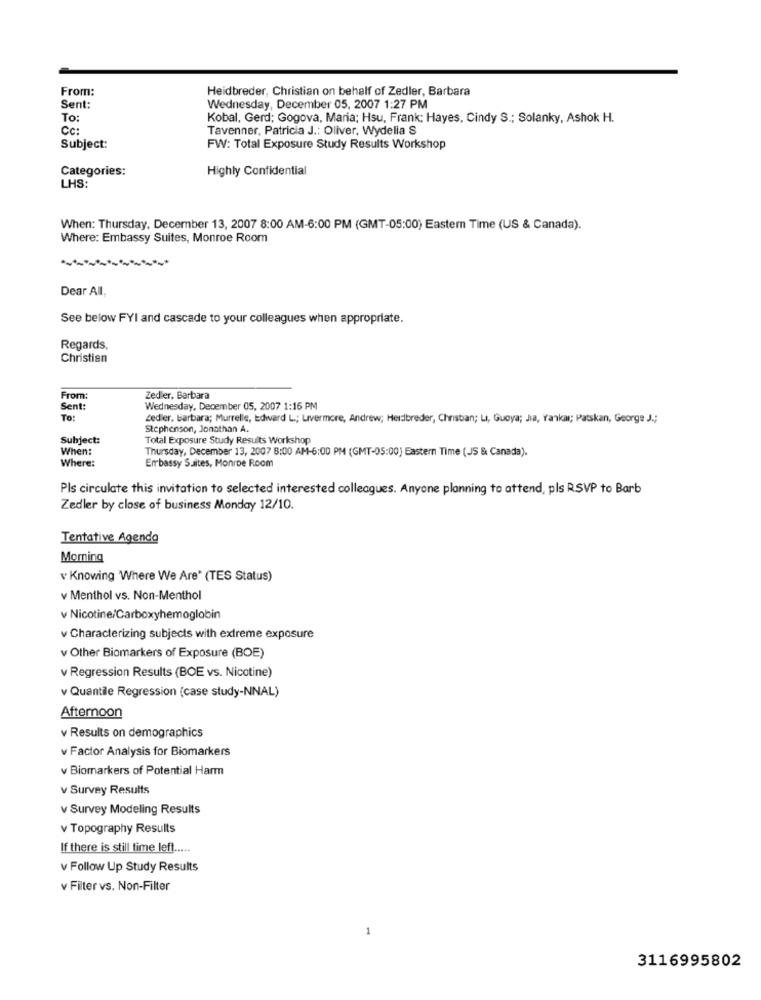
From:
Heidbreder, Christian on behalf of Zedler, Barbara
Sent:
Wednesday, December 05, 2007 1:27 PM
To:
Kobal, Gerd; Gogova, Maria; Hsu, Frank; Hayes, Cindy S .; Solanky, Ashok H.
Cc:
Tavenner, Patricia J .: Oliver, Wydelia S
Subject:
FW: Total Exposure Study Results Workshop
Categories:
Highly Confidential
LHS:
When: Thursday, December 13, 2007 8:00 AM-6:00 PM (GMT-05:00) Eastern Time (US & Canada).
Where: Embassy Suites, Monroe Room
Dear All,
See below FYI and cascade to your colleagues when appropriate.
Regards,
Christian
From:
Zedler, Barbara
Sent:
Wednesday, December 05, 2007 1:16 PM
To:
Ledier, barbara; Murrelle, Edward L .; Livermore, Andrew; Heidibreder, Christian; Li, Guoya; Jia, Yankal; Patskan, George J .;
Stephenson, Jonathan A.
Subject:
Total Exposure Study Results Workshop
When:
Thursday, December 13, 2007 8:00 AM-6:00 PM (GMT-05:00) Eastern Time (JS & Canada).
Where:
Embassy Suites, Monroe Room
Pls circulate this invitation to selected interested colleagues. Anyone planning to attend, pls RSVP to Barb
Zedler by close of business Monday 12/10.
Tentative Agenda
Morning
v Knowing Where We Are" (TES Status)
v Menthol vs. Non-Menthol
v Nicotine/Carboxyhemoglobin
v Characterizing subjects with extreme exposure
v Other Biomarkers of Exposure (BOE)
v Regression Results (BOE vs. Nicotine)
v Quantile Regression (case study-NNAL)
Afternoon
v Results on demographics
v Factor Analysis for Biomarkers
v Biomarkers of Potential Harm
v Survey Results
v Survey Modeling Results
v Topography Results
If there is still time left .....
v Follow Up Study Results
v Filter vs. Non-Filter
-
3116995802